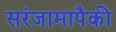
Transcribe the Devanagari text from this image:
सरंजामापैकी